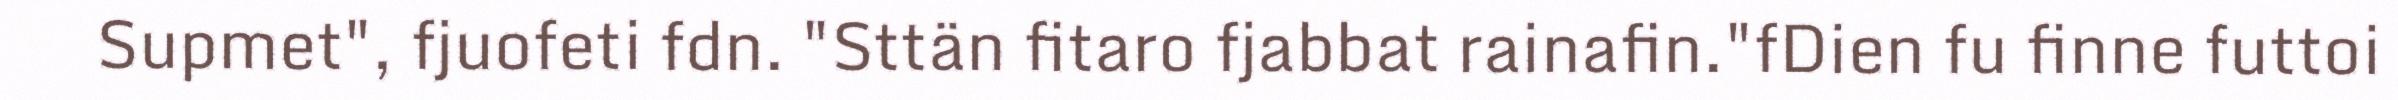
Supmet", fjuofeti fdn. "Sttän fitaro fjabbat rainafin."fDien fu finne futtoi